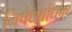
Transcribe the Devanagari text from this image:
निषेधबोधक